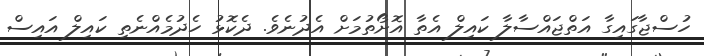
ހުސްޖާގައިގާ އަތްޖައްސާލާ ކައިލް އެތާ އޮށޯތުމަށް އެދުނެވެ. ދެކޮޅު ހެދުމެއްނެތި ކައިލް އައިސް